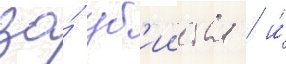
за́ уб'ииства / и́